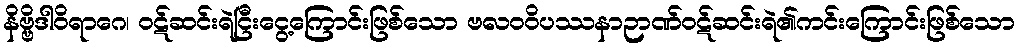
နိဗ္ဗိဒါဝိရာဂေ၊ ဝဋ်ဆင်းရဲငြီးငွေ့ကြောင်းဖြစ်သော ဗလဝဝိပဿနာဉာဏ်ဝဋ်ဆင်းရဲ၏ကင်းကြောင်းဖြစ်သော